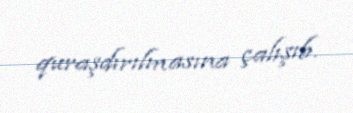
quraşdırılmasına çalışıb.